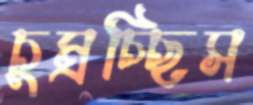
চুম্‌রচ্ছিস